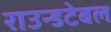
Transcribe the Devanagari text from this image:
राउन्डटेबल